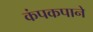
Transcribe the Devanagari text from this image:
कंपकपाने